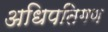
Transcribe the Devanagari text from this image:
अधिपतिगण